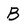
Character: B